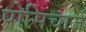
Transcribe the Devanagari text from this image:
पोसिचार्ज